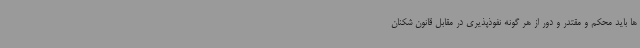
ها باید محکم و مقتدر و دور از هر گونه نفوذپذیری در مقابل قانون شکنان